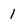
Character: 1